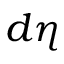
d \eta